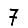
Digit: 7